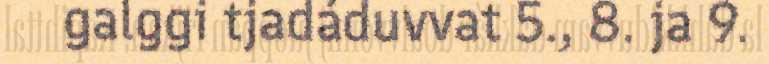
galggi tjadáduvvat 5., 8. ja 9.